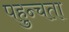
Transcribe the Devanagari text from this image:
पहुन्चता